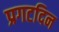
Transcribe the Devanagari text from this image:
प्रगटदिन